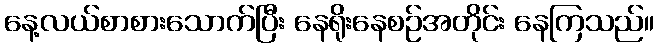
နေ့လယ်စာစားသောက်ပြီး နေရိုးနေစဉ်အတိုင်း နေကြသည်။